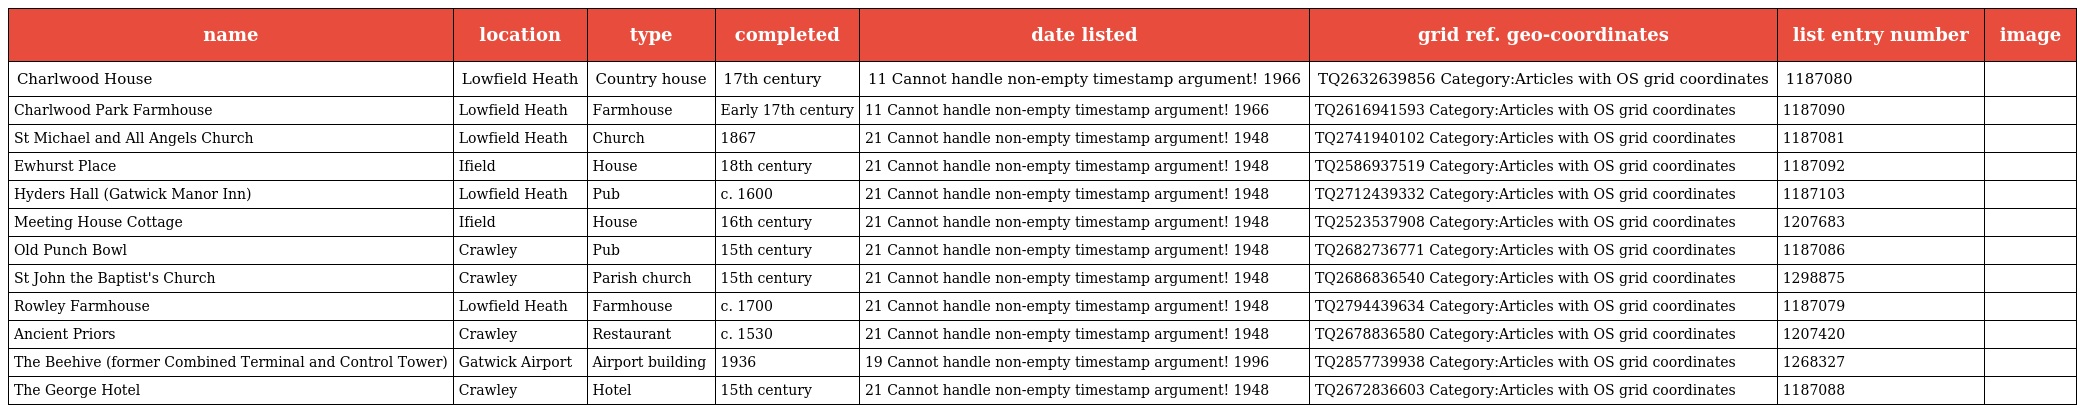
| name | location | type | completed | date listed | grid ref. geo-coordinates | list entry number | image |
 | --- | --- | --- | --- | --- | --- | --- | --- |
 | Charlwood House | Lowfield Heath | Country house | 17th century | 11 Cannot handle non-empty timestamp argument! 1966 | TQ2632639856 Category:Articles with OS grid coordinates | 1187080 |  |
 | Charlwood Park Farmhouse | Lowfield Heath | Farmhouse | Early 17th century | 11 Cannot handle non-empty timestamp argument! 1966 | TQ2616941593 Category:Articles with OS grid coordinates | 1187090 |  |
 | St Michael and All Angels Church | Lowfield Heath | Church | 1867 | 21 Cannot handle non-empty timestamp argument! 1948 | TQ2741940102 Category:Articles with OS grid coordinates | 1187081 |  |
 | Ewhurst Place | Ifield | House | 18th century | 21 Cannot handle non-empty timestamp argument! 1948 | TQ2586937519 Category:Articles with OS grid coordinates | 1187092 |  |
 | Hyders Hall (Gatwick Manor Inn) | Lowfield Heath | Pub | c. 1600 | 21 Cannot handle non-empty timestamp argument! 1948 | TQ2712439332 Category:Articles with OS grid coordinates | 1187103 |  |
 | Meeting House Cottage | Ifield | House | 16th century | 21 Cannot handle non-empty timestamp argument! 1948 | TQ2523537908 Category:Articles with OS grid coordinates | 1207683 |  |
 | Old Punch Bowl | Crawley | Pub | 15th century | 21 Cannot handle non-empty timestamp argument! 1948 | TQ2682736771 Category:Articles with OS grid coordinates | 1187086 |  |
 | St John the Baptist's Church | Crawley | Parish church | 15th century | 21 Cannot handle non-empty timestamp argument! 1948 | TQ2686836540 Category:Articles with OS grid coordinates | 1298875 |  |
 | Rowley Farmhouse | Lowfield Heath | Farmhouse | c. 1700 | 21 Cannot handle non-empty timestamp argument! 1948 | TQ2794439634 Category:Articles with OS grid coordinates | 1187079 |  |
 | Ancient Priors | Crawley | Restaurant | c. 1530 | 21 Cannot handle non-empty timestamp argument! 1948 | TQ2678836580 Category:Articles with OS grid coordinates | 1207420 |  |
 | The Beehive (former Combined Terminal and Control Tower) | Gatwick Airport | Airport building | 1936 | 19 Cannot handle non-empty timestamp argument! 1996 | TQ2857739938 Category:Articles with OS grid coordinates | 1268327 |  |
 | The George Hotel | Crawley | Hotel | 15th century | 21 Cannot handle non-empty timestamp argument! 1948 | TQ2672836603 Category:Articles with OS grid coordinates | 1187088 |  |